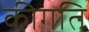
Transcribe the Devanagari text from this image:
कीगति